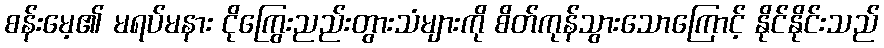
စန်းမေ့၏ မရပ်မနား ငိုကြွေးညည်းတွားသံများကို စိတ်ကုန်သွားသောကြောင့် နိုင်နိုင်းသည်